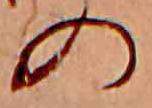
の